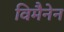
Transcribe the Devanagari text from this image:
विमैनेन